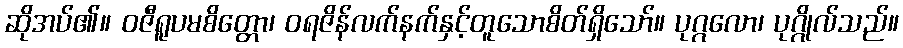
ဆိုအပ်၏။ ဝဇီရူပမစိတ္တော၊ ဝရဇိန်လက်နက်နှင့်တူသောစိတ်ရှိသော်။ ပုဂ္ဂလော၊ ပုဂ္ဂိုလ်သည်။